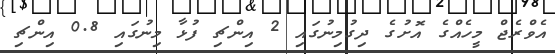
އެވްރެޖް މީހެއްގެ އޮށުގެ ދިގުމިނުގައި 2 އިންޗި ފުޅާ މިނުގައި 0.8 އިންޗި